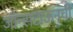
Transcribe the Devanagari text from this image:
जॉन्सटाऊनची